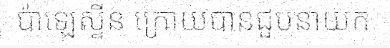
ប៉ាឡេស្ទីន ក្រោយបានជួបនាយក